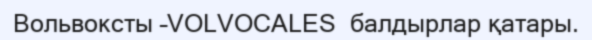
Вольвоксты –VOLVOCALES  балдырлар қатары.